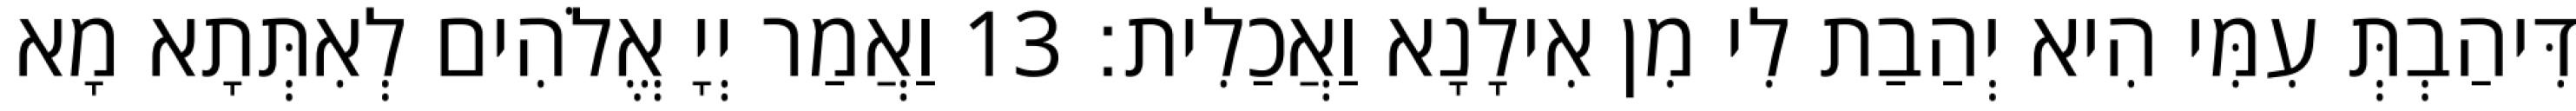
דִּיהַבְתְּ עִמִּי הִיא יְהַבַת לִי מִן אִילָנָא וַאֲכַלִית׃ 13 וַאֲמַר יְיָ אֱלֹהִים לְאִתְּתָא מָא